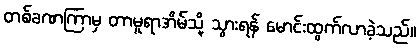
တစ်ခဏကြာမှ တာမူရာအိမ်သို့ သွားရန် မောင်းထွက်လာခဲ့သည်။